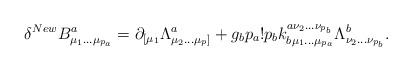
LaTeX: \begin{align*}\delta^{New}B^a_{\mu_1\ldots\mu_{p_a}}=\partial_{[\mu_1}\Lambda^a_{\mu_2\ldots\mu_p ]} +g_bp_a!p_bk_{b\mu_1\ldots\mu_{p_a}}^{a\nu_2 \ldots\nu_{p_b}}\Lambda^b_{\nu_2\ldots\nu_{p_b}}.\end{align*}